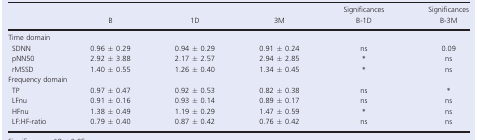
|  | B | 1D | 3M | Significances B‐1D | Significances B‐3M |
 | --- | --- | --- | --- | --- | --- |
 | <COLSPAN=6> Time domain |
 | SDNN | 0.96 ± 0.29 | 0.94 ± 0.29 | 0.91 ± 0.24 | ns | 0.09 |
 | pNN50 | 2.92 ± 3.88 | 2.17 ± 2.57 | 2.94 ± 2.85 | * | ns |
 | rMSSD | 1.40 ± 0.55 | 1.26 ± 0.40 | 1.34 ± 0.45 | * | ns |
 | <COLSPAN=6> Frequency domain |
 | TP | 0.97 ± 0.47 | 0.92 ± 0.53 | 0.82 ± 0.38 | ns | * |
 | LFnu | 0.91 ± 0.16 | 0.93 ± 0.14 | 0.89 ± 0.17 | ns | ns |
 | HFnu | 1.38 ± 0.49 | 1.19 ± 0.29 | 1.47 ± 0.59 | * | ns |
 | LF:HF‐ratio | 0.79 ± 0.40 | 0.87 ± 0.42 | 0.76 ± 0.42 | ns | ns |